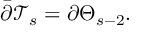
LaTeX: \bar { \partial } \mathcal { T } _ { s } = \partial \Theta _ { s - 2 } .